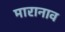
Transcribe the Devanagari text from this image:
मारानाव